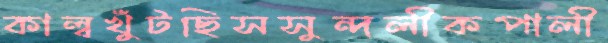
কাল্বখুঁটছিসসুন্দলীকপালী